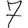
Digit: 7